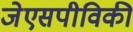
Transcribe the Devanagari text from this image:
जेएसपीविकी